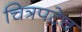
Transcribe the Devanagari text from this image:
चित्रपटेच